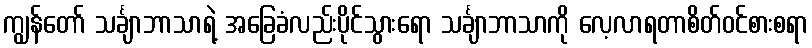
ကျွန်တော် သင်္ချာဘာသာရဲ့ အခြေခံလည်းပိုင်သွားရော သင်္ချာဘာသာကို လေ့လာရတာစိတ်ဝင်စားစရာ